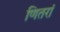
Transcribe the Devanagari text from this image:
णितरां